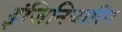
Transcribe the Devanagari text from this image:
इंजिनियारिंग